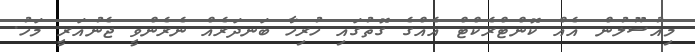
މިއުސޫލުން އެއް ކޮންޓްރެކްޓް އެއްގެ ގޮތުގައި ހުރިހާ ބަނދަރެއް ނެރެންވީ ޖެނުއަރީ މަހު.